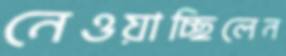
নেওয়াচ্ছিলেন